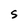
Character: S